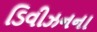
ડિવીઝનના